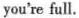
you're full.